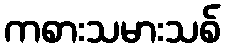
ကစားသမားသစ်